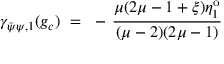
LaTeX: \gamma _ { \bar { \psi } \psi , 1 } ( g _ { c } ) ~ = ~ - \, \frac { \mu ( 2 \mu - 1 + \xi ) \eta _ { 1 } ^ { \mathrm { o } } } { ( \mu - 2 ) ( 2 \mu - 1 ) }